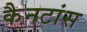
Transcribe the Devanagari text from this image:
कैनटांस